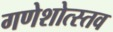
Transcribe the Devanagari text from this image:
गणेशोत्स्तव